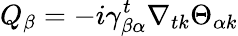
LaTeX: Q_{\beta}=-i\gamma_{\beta\alpha}^{t}\nabla_{tk}\Theta_{\alpha k}